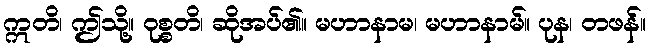
ဣတိ၊ ဤသို့။ ဝုစ္စတိ၊ ဆိုအပ်၏။ မဟာနာမ၊ မဟာနာမ်။ ပုန၊ တဖန်။